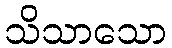
သိသာသော